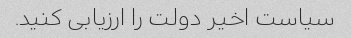
سیاست اخیر دولت را ارزیابی کنید.